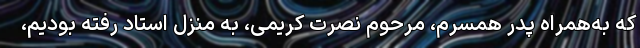
که به‌همراه پدر همسرم، مرحوم نصرت کریمی، به منزل استاد رفته بودیم،